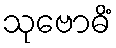
သုဗောဓိံ